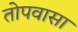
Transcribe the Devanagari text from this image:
तोपवासा